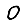
Digit: 0